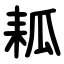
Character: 㼍